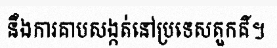
នឹងការគាបសង្កត់នៅប្រទេសតួកគី។